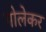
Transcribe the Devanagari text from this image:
गोलेकर